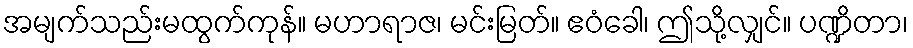
အမျက်သည်းမထွက်ကုန်။ မဟာရာဇ၊ မင်းမြတ်။ ဧဝံခေါ၊ ဤသို့လျှင်။ ပဏ္ဍိတာ၊